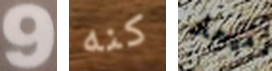
9 كنه ميعاد